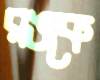
রঙকে